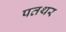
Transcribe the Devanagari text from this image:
पतथर